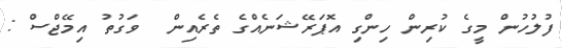
ފުލުހުން މީގެ ކުރިން ހިންގި އޮޕަރޭޝަނެއްގެ ތެރެއިން  ވަގުތު އިމޭޖްސް :